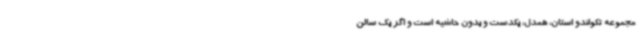
مجموعه تکواندو استان، همدل، یکدست و بدون حاشیه است و اگر یک سالن